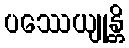
ပဿေယျုန္တိ